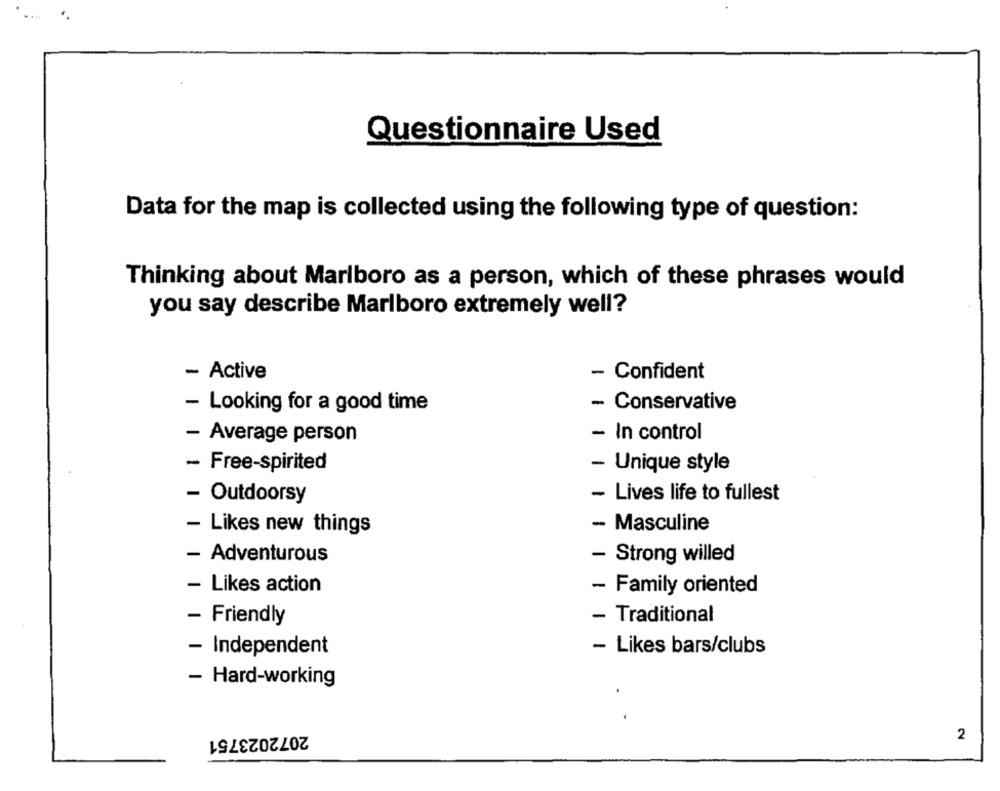
Questionnaire Used
Data for the map is collected using the following type of question:
Thinking about Marlboro as a person, which of these phrases would
you say describe Marlboro extremely well?
- Active
- Confident
- Looking for a good time
- Conservative
- In control
- Average person
- Free-spirited
- Unique style
- Outdoorsy
- Lives life to fullest
- Likes new things
- Masculine
- Adventurous
- Strong willed
- Likes action
- Family oriented
- Friendly
Traditional
- Independent
- Likes bars/clubs
- Hard-working
2072023751
2